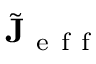
\tilde { \mathbf { J } } _ { \mathrm { ~ e ~ f ~ f ~ } }